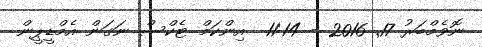
ނޮވެމްބަރު 17